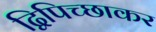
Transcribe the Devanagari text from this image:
द्विपिच्छाकर